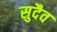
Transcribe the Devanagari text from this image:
सुदैव